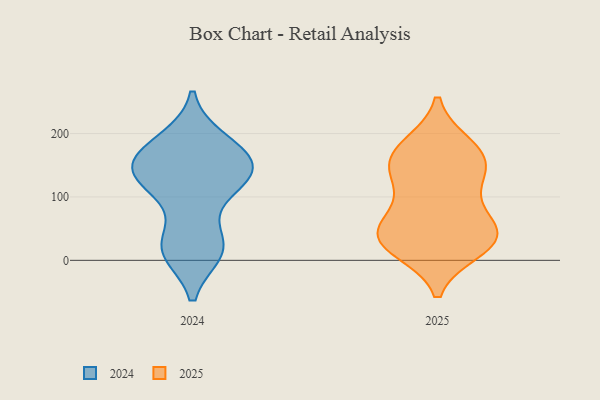
{"axis": {"x": "Population (Million)", "y": "Value"}, "legend": ["2024", "2025"], "data": [{"x": "", "y": 19, "type": "2024"}, {"x": "", "y": 119, "type": "2024"}, {"x": "", "y": 14, "type": "2024"}, {"x": "", "y": 147, "type": "2024"}, {"x": "", "y": 29, "type": "2024"}, {"x": "", "y": 149, "type": "2024"}, {"x": "", "y": 141, "type": "2024"}, {"x": "", "y": 109, "type": "2024"}, {"x": "", "y": 20, "type": "2024"}, {"x": "", "y": 17, "type": "2024"}, {"x": "", "y": 189, "type": "2024"}, {"x": "", "y": 130, "type": "2024"}, {"x": "", "y": 189, "type": "2024"}, {"x": "", "y": 168, "type": "2024"}, {"x": "", "y": 163, "type": "2024"}, {"x": "", "y": 155, "type": "2024"}, {"x": "", "y": 124, "type": "2024"}, {"x": "", "y": 162, "type": "2025"}, {"x": "", "y": 64, "type": "2025"}, {"x": "", "y": 111, "type": "2025"}, {"x": "", "y": 178, "type": "2025"}, {"x": "", "y": 18, "type": "2025"}, {"x": "", "y": 34, "type": "2025"}, {"x": "", "y": 32, "type": "2025"}, {"x": "", "y": 29, "type": "2025"}, {"x": "", "y": 69, "type": "2025"}, {"x": "", "y": 32, "type": "2025"}, {"x": "", "y": 181, "type": "2025"}, {"x": "", "y": 41, "type": "2025"}, {"x": "", "y": 134, "type": "2025"}, {"x": "", "y": 142, "type": "2025"}, {"x": "", "y": 156, "type": "2025"}]}